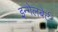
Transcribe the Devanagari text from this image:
इन्गेलबेर्ट